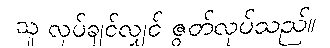
သူ လုပ်ချင်လျှင် ဇွတ်လုပ်သည်။